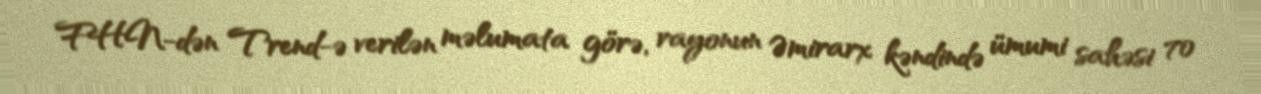
FHN-dən Trend-ə verilən məlumata görə, rayonun Əmirarx kəndində ümumi sahəsi 70